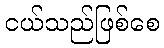
ငယ်သည်ဖြစ်စေ